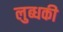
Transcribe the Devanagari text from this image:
लुब्धकी